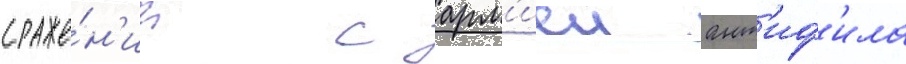
сраже́н'ии с арм'иеи ант'иф'ила